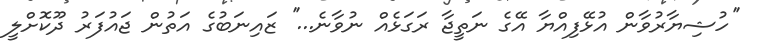
''ހުޝިޔާރުވާން އުޅޭފިއްޔާ އޭގެ ނަތީޖާ ރަގަޅެއް ނުވާނެ...'' ޒައިނަބުގެ އަތުން ޖައުފަރު ދޫކޮށްލީ